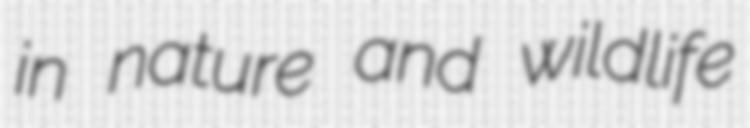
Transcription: in nature and wildlife